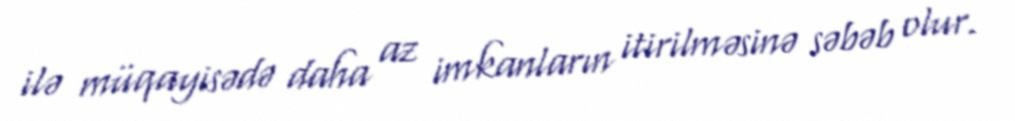
ilə müqayisədə daha az imkanların itirilməsinə səbəb olur.